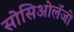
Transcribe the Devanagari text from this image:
सोसिओलॅजी